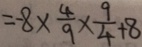
= - 8 \times \frac { 4 } { 9 } \times \frac { 9 } { 4 } + 8